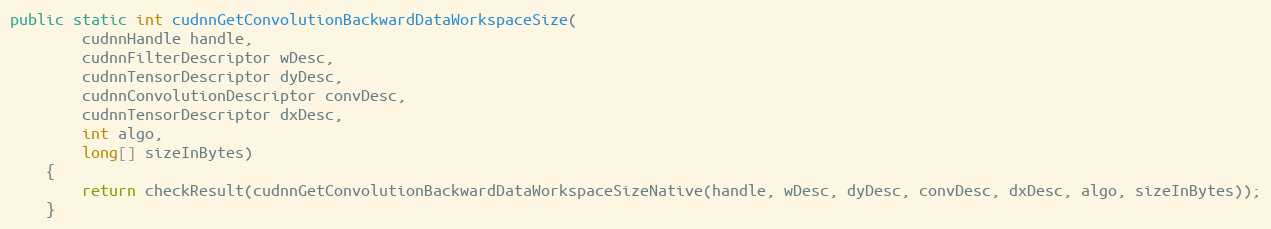
Language: Java
public static int cudnnGetConvolutionBackwardDataWorkspaceSize(
        cudnnHandle handle,
        cudnnFilterDescriptor wDesc,
        cudnnTensorDescriptor dyDesc,
        cudnnConvolutionDescriptor convDesc,
        cudnnTensorDescriptor dxDesc,
        int algo,
        long[] sizeInBytes)
    {
        return checkResult(cudnnGetConvolutionBackwardDataWorkspaceSizeNative(handle, wDesc, dyDesc, convDesc, dxDesc, algo, sizeInBytes));
    }